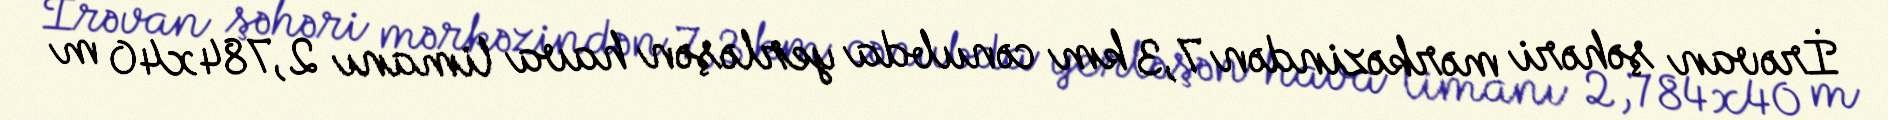
İrəvan şəhəri mərkəzindən 7,3 km cənubda yerləşən hava limanı 2,784x40 m